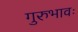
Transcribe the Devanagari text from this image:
गुरुभावः